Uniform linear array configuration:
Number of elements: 48
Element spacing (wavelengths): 1
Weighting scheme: blackman
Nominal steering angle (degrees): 0
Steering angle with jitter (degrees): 0.7528
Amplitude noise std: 0.05
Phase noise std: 0.05

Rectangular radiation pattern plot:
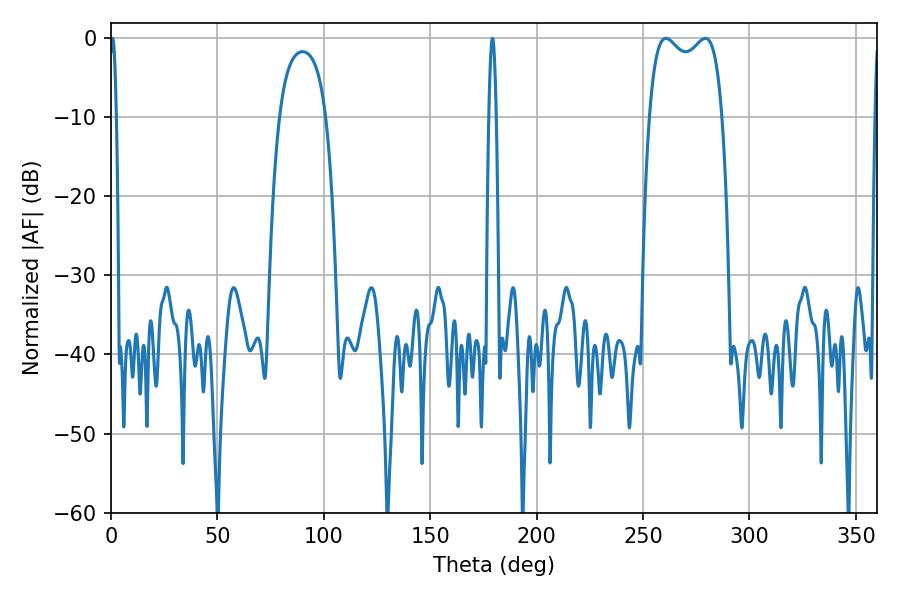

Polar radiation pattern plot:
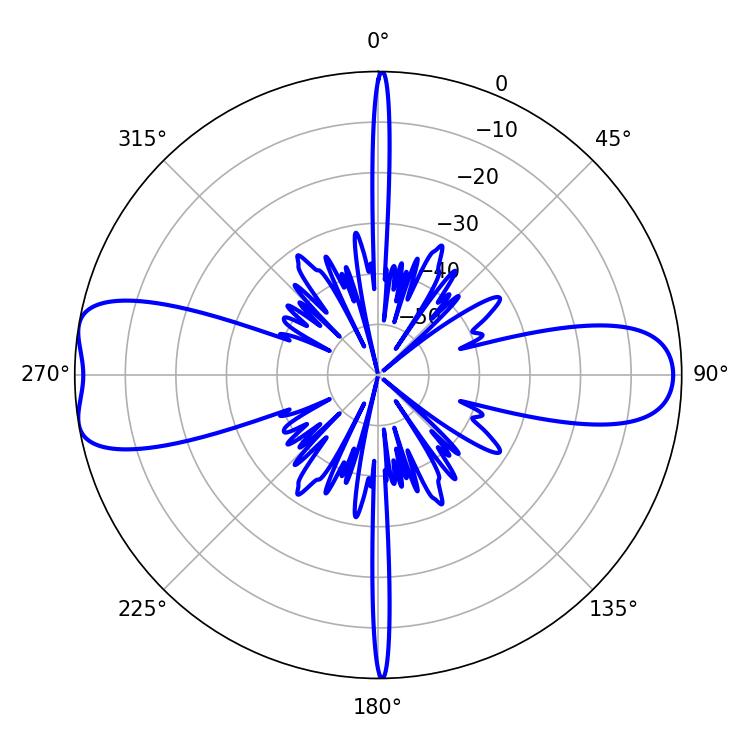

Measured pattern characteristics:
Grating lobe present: TRUE
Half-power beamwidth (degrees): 28.08
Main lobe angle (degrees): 260.64